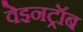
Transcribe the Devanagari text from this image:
वेइनट्रॉब